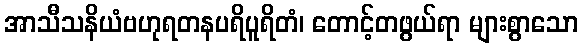
အာသီသနိယံဗဟုရတနပရိပူရိတံ၊ တောင့်တဖွယ်ရာ များစွာသော